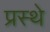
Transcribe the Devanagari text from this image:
प्रस्थे